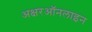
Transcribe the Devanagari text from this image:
अक्षरऑनलाइन